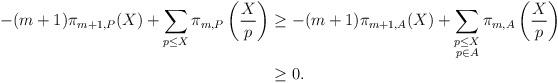
LaTeX: \begin{align*}\begin{aligned}-(m+1)\pi_{m+1,P}(X)+\sum_{p\leq X} \pi_{m,P}\left(\frac{X}{p}\right)&\geq -(m+1)\pi_{m+1,A}(X)+ \sum_{\substack{p\leq X \\ p\in A}} \pi_{m,A}\left(\frac{X}{p}\right)\\&\geq 0.\end{aligned}\end{align*}